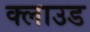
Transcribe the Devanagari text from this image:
क्‍लाउड